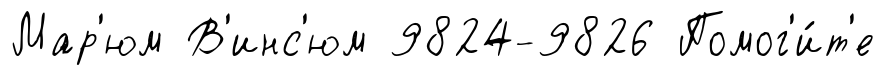
Мар'юм В'инс'юм 9824-9826 Помог'и́т'е